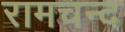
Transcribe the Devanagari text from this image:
रामचन्द